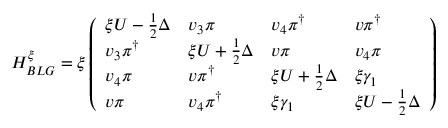
H _ { B L G } ^ { \xi } = \xi \left( \begin{array} { l l l l } { \xi U - \frac { 1 } { 2 } \Delta } & { v _ { 3 } \pi } & { v _ { 4 } \pi ^ { \dagger } } & { v \pi ^ { \dagger } } \\ { v _ { 3 } \pi ^ { \dagger } } & { \xi U + \frac { 1 } { 2 } \Delta } & { v \pi } & { v _ { 4 } \pi } \\ { v _ { 4 } \pi } & { v \pi ^ { \dagger } } & { \xi U + \frac { 1 } { 2 } \Delta } & { \xi \gamma _ { 1 } } \\ { v \pi } & { v _ { 4 } \pi ^ { \dagger } } & { \xi \gamma _ { 1 } } & { \xi U - \frac { 1 } { 2 } \Delta } \end{array} \right)